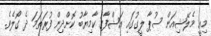
މިއީ މެލޭޝިއަން ސުޕާ ލީގުގައި އަޝްފާގު ކާމިޔާބު ކޮށްދިން ފުރަތަމަ ދެ ގޯލެވެ.